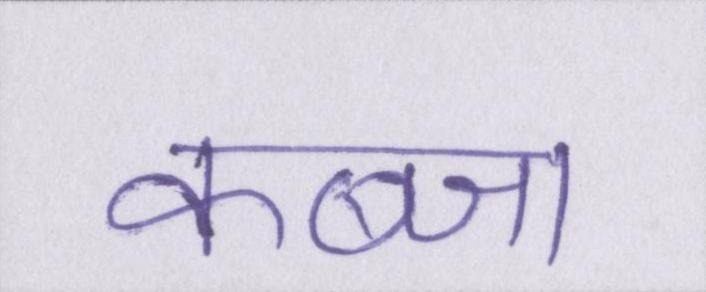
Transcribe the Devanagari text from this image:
कब्जा